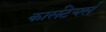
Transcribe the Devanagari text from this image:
कार्सटेयर्स